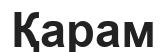
Қарам